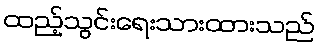
ထည့်သွင်းရေးသားထားသည်